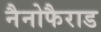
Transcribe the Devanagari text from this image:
नैनोफैराड